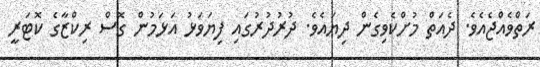
ރަތްވެއްޖެއެވެ. ދެއަތް މުށްކެވިގެން ދިޔައެވެ. ދުރުދުރުގައި ފިޔަވަޅު އަޅަމުން ގޮސް ރިކްޒާގެ ކޮޓަރީ